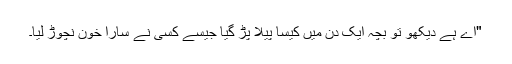
"اے ہے دیکھو تو بچہ ایک دن میں کیسا پیلا پڑ گیا جیسے کسی نے سارا خون نچوڑ لیا۔